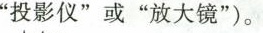
”投影仪”或”放大镜”)。